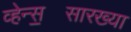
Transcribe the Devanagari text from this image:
व्हेन्स॒सारख्या